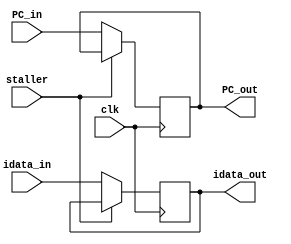
`timescale 1ns / 1ps
//////////////////////////////////////////////////////////////////////////////////
// Company: 
// Engineer: 
// 
// Design Name: 
// Module Name:    IF_ID 
// Project Name: 
// Target Devices: 
// Tool versions: 
// Description: 
//
// Dependencies: 
//
// Revision: 
// Revision 0.01 - File Created
// Additional Comments: 
//
//////////////////////////////////////////////////////////////////////////////////
module IF_ID(
	 input clk,
	 input staller,
    input [31:0] PC_in,
    input [159:0] idata_in,
    output reg [31:0] PC_out,
    output reg [159:0] idata_out
    );
	 initial begin
PC_out = 0;
idata_out = 0;
end

always @(posedge clk) begin
if(~staller)begin
PC_out <= PC_in;
idata_out <= idata_in;
end
end
endmodule